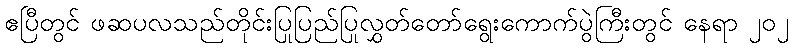
ဧပြီတွင် ဖဆပလသည်တိုင်းပြုပြည်ပြုလွှတ်တော်ရွေးကောက်ပွဲကြီးတွင် နေရာ ၂၀၂